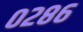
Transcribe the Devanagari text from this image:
०२८६